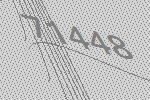
71448